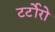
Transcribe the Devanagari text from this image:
टर्टोरो